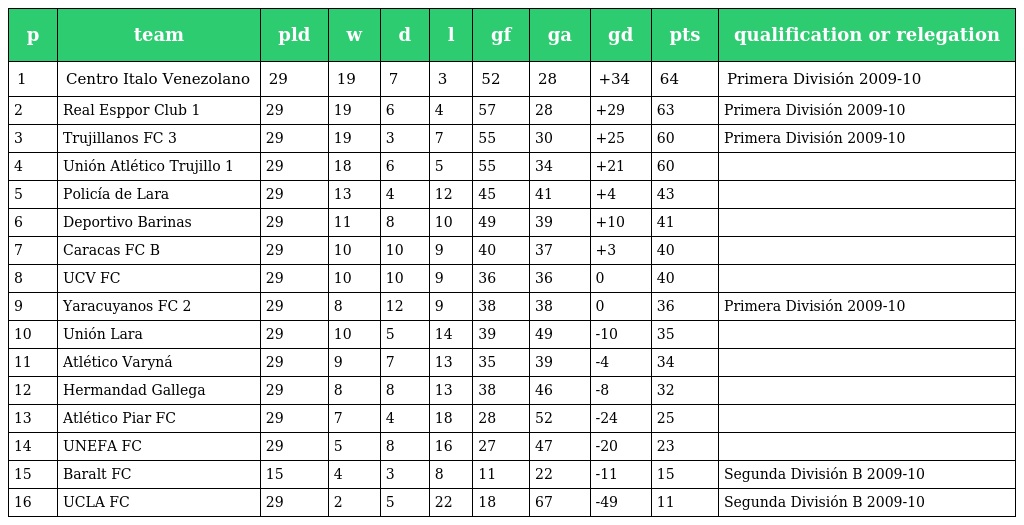
| p | team | pld | w | d | l | gf | ga | gd | pts | qualification or relegation |
 | --- | --- | --- | --- | --- | --- | --- | --- | --- | --- | --- |
 | 1 | Centro Italo Venezolano | 29 | 19 | 7 | 3 | 52 | 28 | +34 | 64 | Primera División 2009-10 |
 | 2 | Real Esppor Club 1 | 29 | 19 | 6 | 4 | 57 | 28 | +29 | 63 | Primera División 2009-10 |
 | 3 | Trujillanos FC 3 | 29 | 19 | 3 | 7 | 55 | 30 | +25 | 60 | Primera División 2009-10 |
 | 4 | Unión Atlético Trujillo 1 | 29 | 18 | 6 | 5 | 55 | 34 | +21 | 60 |  |
 | 5 | Policía de Lara | 29 | 13 | 4 | 12 | 45 | 41 | +4 | 43 |  |
 | 6 | Deportivo Barinas | 29 | 11 | 8 | 10 | 49 | 39 | +10 | 41 |  |
 | 7 | Caracas FC B | 29 | 10 | 10 | 9 | 40 | 37 | +3 | 40 |  |
 | 8 | UCV FC | 29 | 10 | 10 | 9 | 36 | 36 | 0 | 40 |  |
 | 9 | Yaracuyanos FC 2 | 29 | 8 | 12 | 9 | 38 | 38 | 0 | 36 | Primera División 2009-10 |
 | 10 | Unión Lara | 29 | 10 | 5 | 14 | 39 | 49 | -10 | 35 |  |
 | 11 | Atlético Varyná | 29 | 9 | 7 | 13 | 35 | 39 | -4 | 34 |  |
 | 12 | Hermandad Gallega | 29 | 8 | 8 | 13 | 38 | 46 | -8 | 32 |  |
 | 13 | Atlético Piar FC | 29 | 7 | 4 | 18 | 28 | 52 | -24 | 25 |  |
 | 14 | UNEFA FC | 29 | 5 | 8 | 16 | 27 | 47 | -20 | 23 |  |
 | 15 | Baralt FC | 15 | 4 | 3 | 8 | 11 | 22 | -11 | 15 | Segunda División B 2009-10 |
 | 16 | UCLA FC | 29 | 2 | 5 | 22 | 18 | 67 | -49 | 11 | Segunda División B 2009-10 |